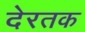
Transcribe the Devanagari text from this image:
देरतक